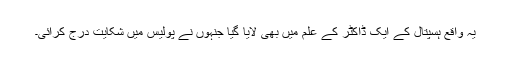
یہ واقع ہسپتال کے ایک ڈاکٹر کے علم میں بھی لایا گیا جنہوں نے پولیس میں شکایت درج کرائی۔